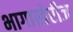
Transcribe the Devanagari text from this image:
भागाखेरीज